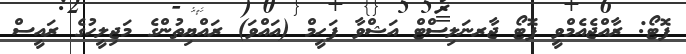
ފޮޓޯ: ރާއްޖެއެމްވީ ފޮޓޯ ޖާރނަލިސްޓް އަޝްވާ ފަހީމް (އައްވަ) ރައްޔިތުންގެ މަޖިލީހުގެ ރައީސް